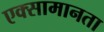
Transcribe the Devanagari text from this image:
एक्सामानता